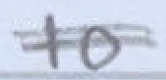
Text: to
Cross-out: double-line
Writing tool: pencil